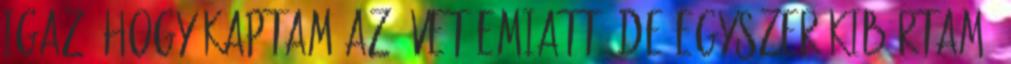
igaz, hogy kaptam az ívet emiatt, de egyszer kibírtam.